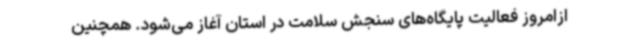
ازامروز فعالیت پایگاه‌های سنجش سلامت در استان آغاز می‌شود. همچنین